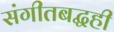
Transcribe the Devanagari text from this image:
संगीतबद्धही